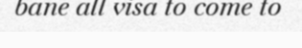
bane all visa to come to